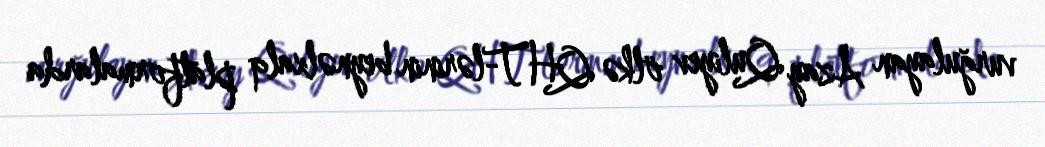
vurğulayan Azay Quliyev ölkə QHT-lərinin beynəlxalq platformalarda